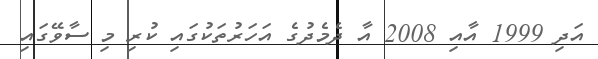
އަދި 1999 އާއި 2008 އާ ދެމެދުގެ އަހަރުތަކުގައި ކުރި މި ސާވޭގައި